Lunatic asylums Madras 1877-1891 - 1877-1891
Year: 1877
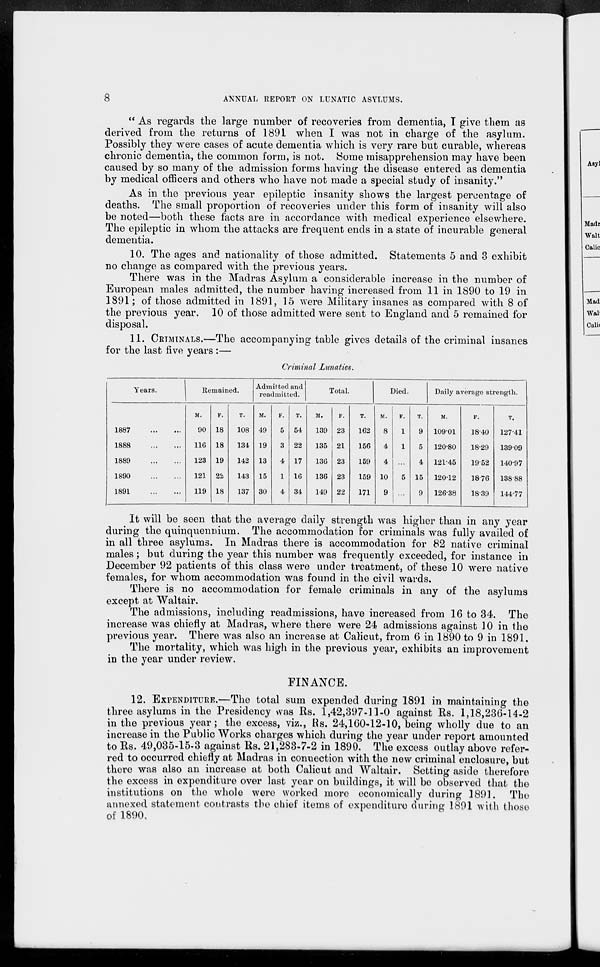
8
ANNUAL REPORT ON LUNATIC ASYLUMS.
" As regards the large number of recoveries from dementia, I give them as
derived from the returns of 1891 when I was not in charge of the asylum.
Possibly they were cases of acute dementia which is very rare but curable, whereas
chronic dementia, the common form, is not. Some misapprehension may have been
caused by so many of the admission forms having the disease entered as dementia
by medical officers and others who have not made a special study of insanity."
As in the previous year epileptic insanity shows the largest percentage of
deaths. The small proportion of recoveries under this form of insanity will also
be noted—both these facts are in accordance with medical experience elsewhere.
The epileptic in whom the attacks are frequent ends in a state of incurable general
dementia.
10. The ages and nationality of those admitted. Statements 5 and 3 exhibit
no change as compared with the previous years.
There was in the Madras Asylum a considerable increase in the number of
European males admitted, the number having increased from 11 in 1890 to 19 in
1891 ; of those admitted in 1891, 15 were Military insanes as compared with 8 of
the previous year. 10 of those admitted were sent to England and 5 remained for
disposal.
11. CRIMINALS.—The accompanying table gives details of the criminal insanes
for the last five years :—
Criminal Lunatics.
Years.
1887
...
...
1888
...
...
1889
...
...
1890
...
...
1891
...
...
Remained.
M.
90
116
123
121
119
F.
18
18
19
22
18
T.
108
134
142
143
137
Admitted and
readmitted.
M.
49
19
13
15
30
F.
5
3
4
1
4
T.
54
22
17
16
34
Total.
M.
139
135
136
136
149
F.
23
21
23
23
22
T.
162
156
159
159
171
Died.
M.
8
4
4
10
9
F.
1
1
...
5
...
T.
9
5
4
15
9
Daily average strength.
M.
109.01
120.80
121.45
120.12
126.38
F.
18.40
18.29
19.52
18.76
18.39
T.
127.41
139.09
140.97
138.88
144.77
It will be seen that the average daily strength was higher than in any year
during the quinquennium. The accommodation for criminals was fully availed of
in all three asylums. In Madras there is accommodation for 82 native criminal
males ; but during the year this number was frequently exceeded, for instance in
December 92 patients of this class were under treatment, of these 10 were native
females, for whom accommodation was found in the civil wards.
There is no accommodation for female criminals in any of the asylums
except at Waltair.
The admissions, including readmissions, have increased from 16 to 34. The
increase was chiefly at Madras, where there were 24 admissions against 10 in the
previous year. There was also an increase at Calicut, from 6 in 1890 to 9 in 1891.
The mortality, which was high in the previous year, exhibits an improvement
in the year under review.
FINANCE.
12. EXPENDITURE.—The total sum expended during 1891 in maintaining the
three asylums in the Presidency was Rs. 1,42,397-11-0 against Rs. 1,18,236-14-2
in the previous year; the excess, viz., Rs. 24,160-12-10, being wholly due to an
increase in the Public Works charges which during the year under report amounted
to Rs. 49,035-15-3 against Rs. 21,283-7-2 in 1890. The excess outlay above refer-
red to occurred chiefly at Madras in connection with the new criminal enclosure, but
there was also an increase at both Calicut and Waltair. Setting aside therefore
the excess in expenditure over last year on buildings, it will be observed that the
institutions on the whole were worked more economically during 1891. The
annexed statement contrasts the chief items of expenditure during 1891 with those
of 1890.